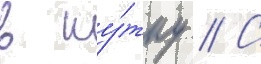
в шу́тку // С